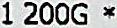
1 200G *